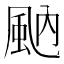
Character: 𩖯